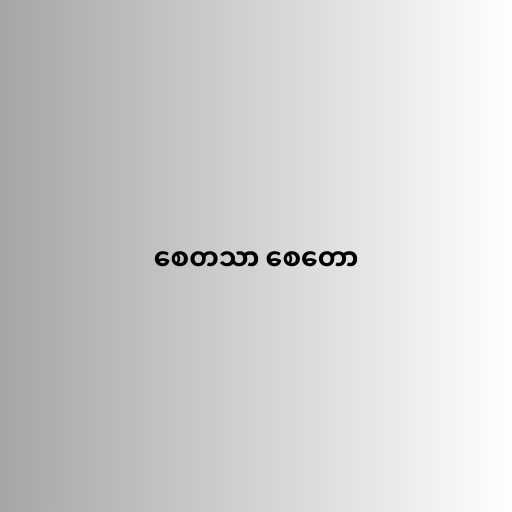
စေတသာ စေတော